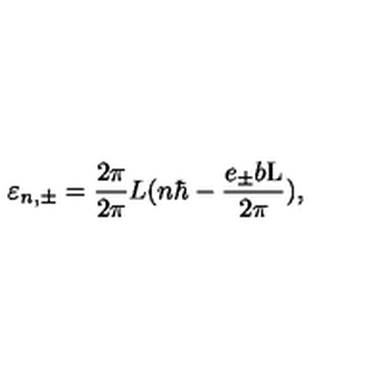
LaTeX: \varepsilon _ { n , { \pm } } = \frac { 2 \pi } { 2 \pi } { L } ( n { \hbar } - \frac { e _ { \pm } b \mathrm { L } } { 2 \pi } ) ,